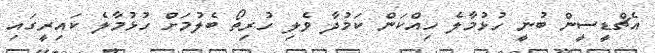
އެޗްޑީސީން ބުނީ ހުޅުމާލެ ހިއްކަން ކަމުދާ ވެލި ހުރިތޯ ބެލުމަށް ހުޅުމާލެ ކައިރީގައި